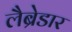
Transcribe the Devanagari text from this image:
लैब्रेडार